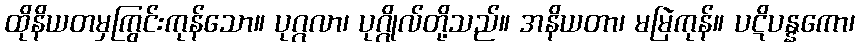
ထိုနိယတမှကြွင်းကုန်သော။ ပုဂ္ဂလာ၊ ပုဂ္ဂိုလ်တို့သည်။ အနိယတာ၊ မမြဲကုန်။ ပဋိပန္နကော၊